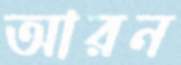
আরন